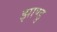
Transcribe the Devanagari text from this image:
झाण्डु